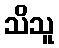
သိသူ